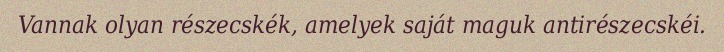
Vannak olyan részecskék, amelyek saját maguk antirészecskéi.